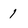
Character: 1